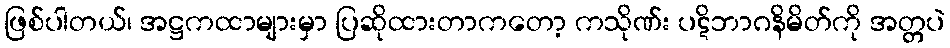
ဖြစ်ပါတယ်၊ အဋ္ဌကထာများမှာ ပြဆိုထားတာကတော့ ကသိုဏ်း ပဋိဘာဂနိမိတ်ကို အတ္တပဲ